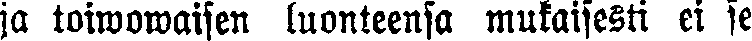
ja toiwowaisen luonteensa mukaisesti ei se